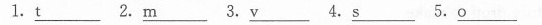
1.\underline{t} 2.\underline{m} 3.\underline{v} 4.\underline{o}